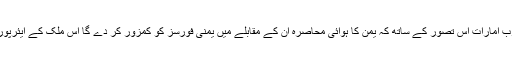
دوسری طرف سعودی عرب اور متحدہ عرب امارات اس تصور کے ساتھ کہ یمن کا ہوائی محاصرہ ان کے مقابلے میں یمنی فورسز کو کمزور کر دے گا اس ملک کے ایئرپورٹس کو ہوائی حملوں کا نشانہ بنا رہے ہیں۔